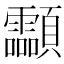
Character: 𩖊